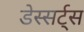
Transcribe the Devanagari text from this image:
डेस्सर्ट्स